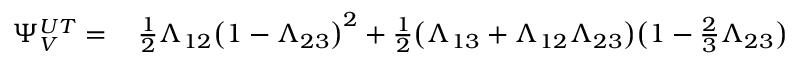
\begin{array} { r l } { \Psi _ { V } ^ { U T } = \, } & { { } \frac { 1 } { 2 } \Lambda _ { 1 2 } \big ( 1 - \Lambda _ { 2 3 } \big ) ^ { 2 } + \frac { 1 } { 2 } \big ( \Lambda _ { 1 3 } + \Lambda _ { 1 2 } \Lambda _ { 2 3 } \big ) \big ( 1 - \frac { 2 } { 3 } \Lambda _ { 2 3 } \big ) } \end{array}